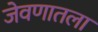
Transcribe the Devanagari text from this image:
जेवणातला